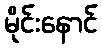
မိုင်းနောင်